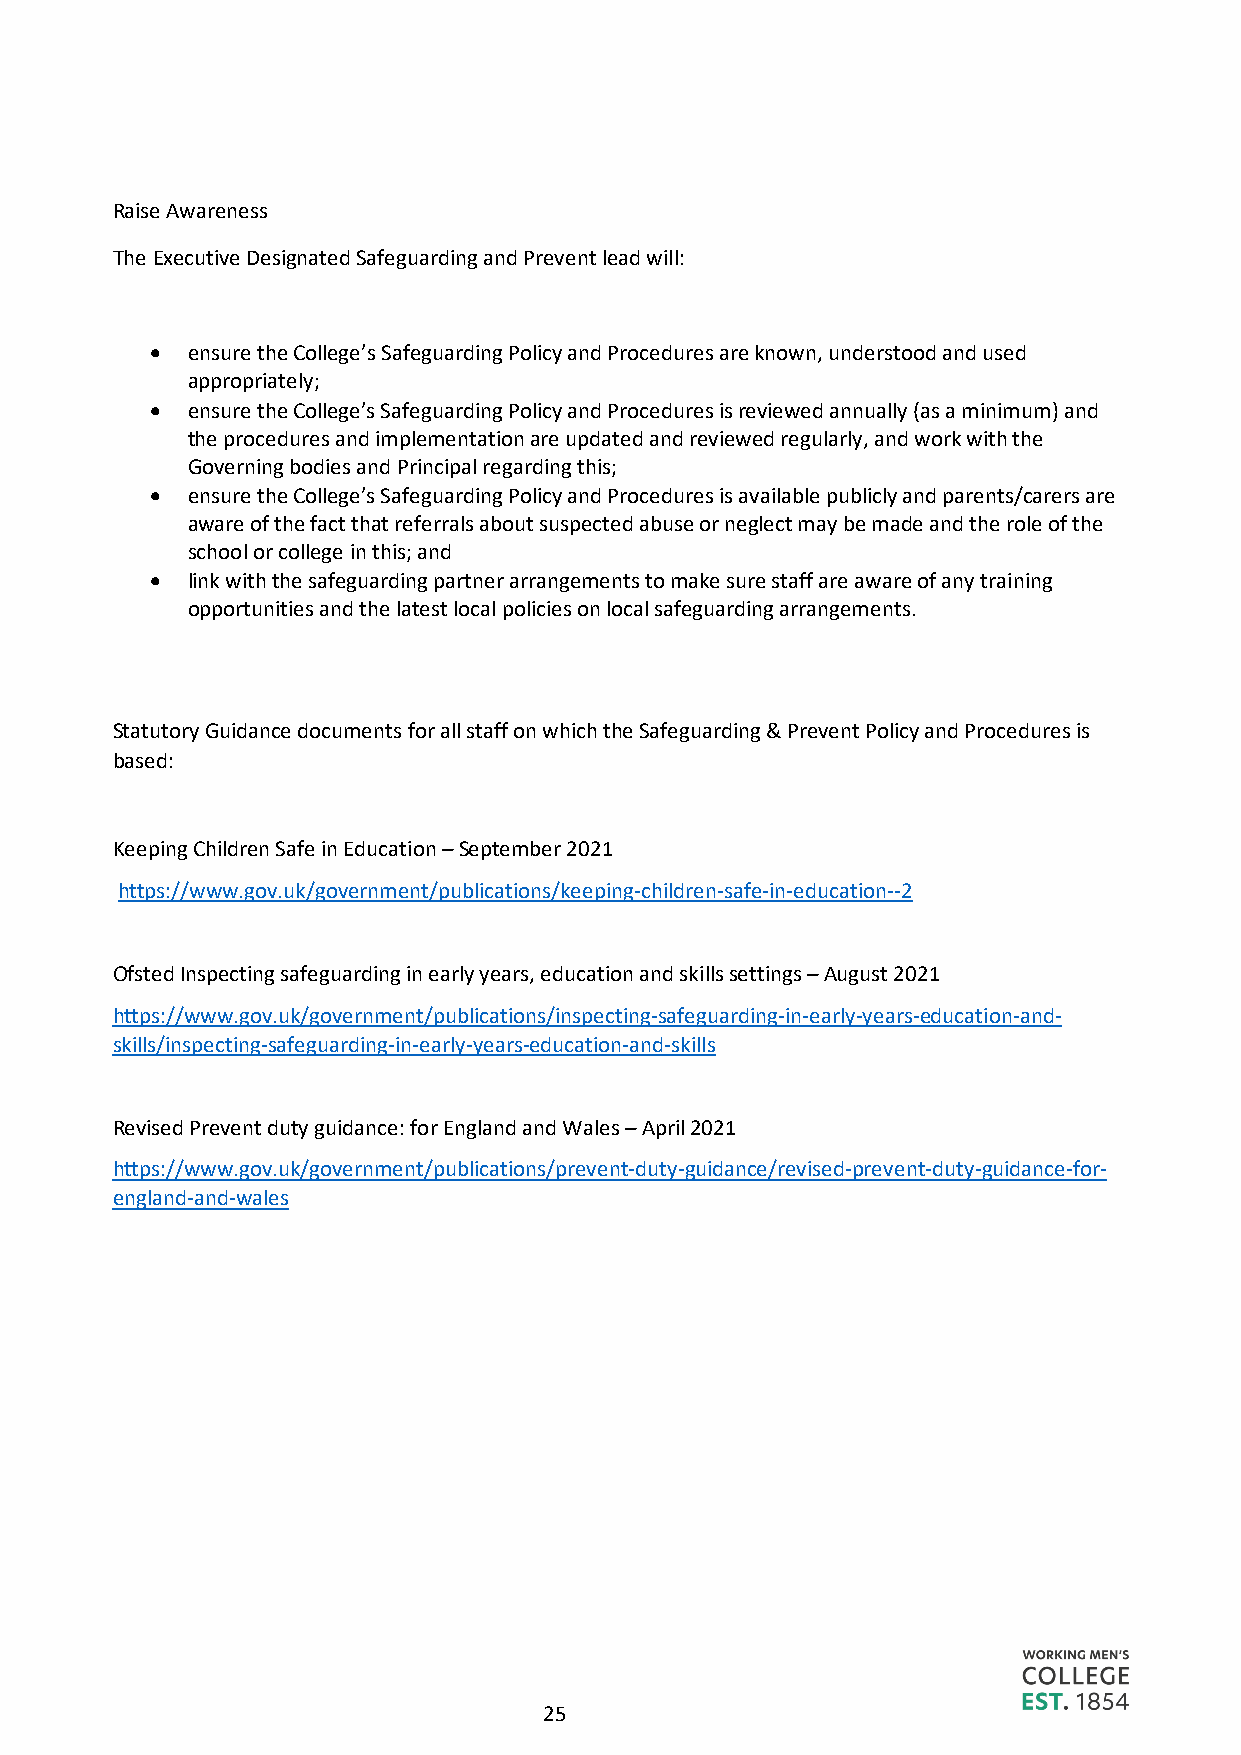
Raise Awareness
 The Executive Designated Safeguarding and Prevent lead will:
 • ensure the College’s Safeguarding Policy and Procedures are known, understood and used
 appropriately;
 • ensure the College’s Safeguarding Policy and Procedures is reviewed annually (as a minimum) and
 the procedures and implementation are updated and reviewed regularly, and work with the
 Governing bodies and Principal regarding this;
 • ensure the College’s Safeguarding Policy and Procedures is available publicly and parents/carers are
 aware of the fact that referrals about suspected abuse or neglect may be made and the role of the
 school or college in this; and
 • link with the safeguarding partner arrangements to make sure staff are aware of any training
 opportunities and the latest local policies on local safeguarding arrangements.
 Statutory Guidance documents for all staff on which the Safeguarding & Prevent Policy and Procedures is
 based:
 Keeping Children Safe in Education – September 2021
 https://www.gov.uk/government/publications/keeping-children-safe-in-education--2
 Ofsted Inspecting safeguarding in early years, education and skills settings – August 2021
 https://www.gov.uk/government/publications/inspecting-safeguarding-in-early-years-education-and-
 skills/inspecting-safeguarding-in-early-years-education-and-skills
 Revised Prevent duty guidance: for England and Wales – April 2021
 https://www.gov.uk/government/publications/prevent-duty-guidance/revised-prevent-duty-guidance-for-
 england-and-wales
 25